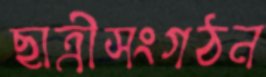
ছাত্রীসংগঠন